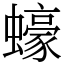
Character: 蠔